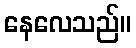
နေလေသည်။